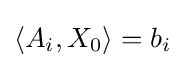
\langle A_{i},X_{0}\rangle =b_{i}